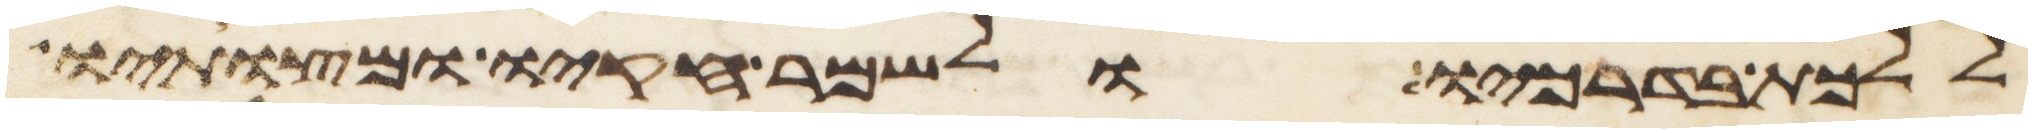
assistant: וללכת בדרכיו ולשמר חקיו ומצותיו